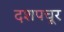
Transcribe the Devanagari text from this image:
दशपचूर